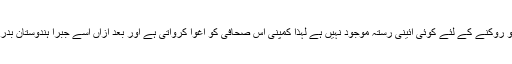
چونکہ اس کو روکنے کے لئے کوئی آئینی رستہ موجود نہیں ہے لہذا کمپنی اس صحافی کو اغوا کرواتی ہے اور بعد ازاں اسے جبراََ ہندوستان بدر کردیتی ہے۔